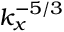
k _ { x } ^ { - 5 / 3 }